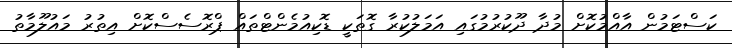
ކަސްޓަމުން އާއްމުކޮށް މުދާ ދޫކުރުމުގައި އަމަލުކުރާ ގޮތަކީ ޑޮކިއުމެންޓްތައް ޕްރޮސެސްކޮށް އިތުރު މައުލޫމާތު